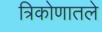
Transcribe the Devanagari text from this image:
त्रिकोणातले